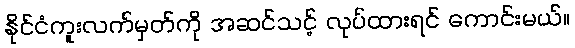
နိုင်ငံကူးလက်မှတ်ကို အဆင်သင့် လုပ်ထားရင် ကောင်းမယ်။